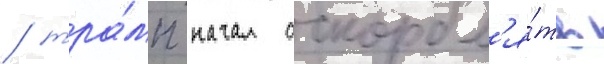
/ тра́мп начал оскорбл'я́ть